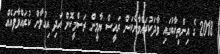
2018 ގެ އިންތިހާބުގައި ވާދަކުރައްވާނެކަން ރައީސް ޔާމީން ރަސްމީކޮށް އަދި އިއުލާން ކުރައްވާފައެއް